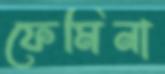
ফেমিনা